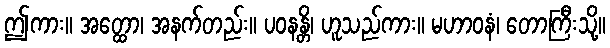
ဤကား။ အတ္ထော၊ အနက်တည်း။ ပဝနန္တိ၊ ဟူသည်ကား။ မဟာဝနံ၊ တောကြီးသို့။